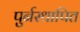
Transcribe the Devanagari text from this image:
पुर्नस्‍थापित